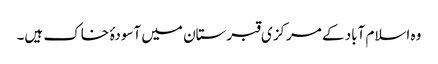
وہ اسلام آباد کے مرکزی قبرستان میں آسودۂ خاک ہیں۔